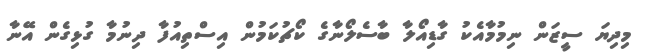
މިދިޔަ ސީޒަން ނިމުމާއެކު ގާޑިއޯލާ ބާސެލޯނާގެ ކޯޗުކަމުން އިސްތިއުފާ ދިނުމާ ގުޅިގެން އޭނާ